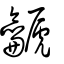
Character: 䶵